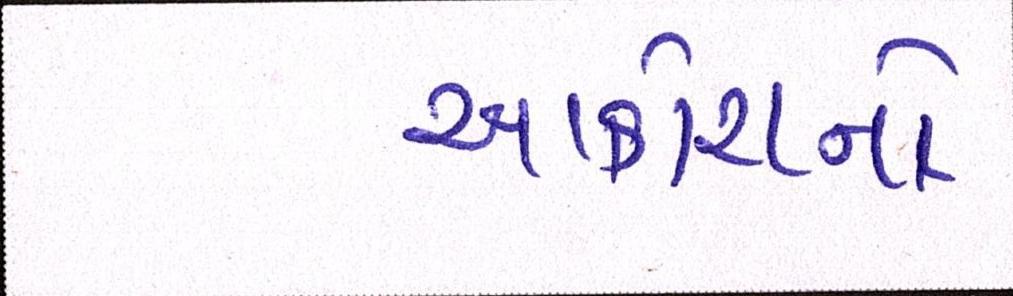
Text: આક્રોશનો